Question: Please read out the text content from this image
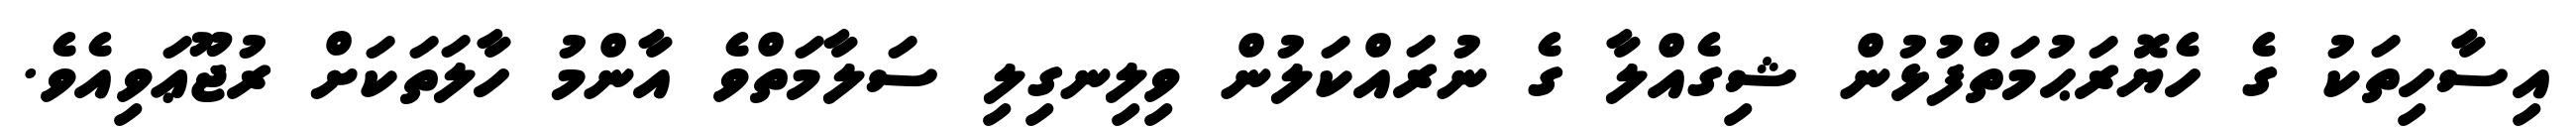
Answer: އިސާހިތަކު ގެ ހެޔޮރަޙުމަތްފުޅުން ޝިގެއްލާ ގެ ނުރައްކަލުން ވިލިނގިލި ސަލާމަތްވެ އާންމު ހާލަތަކަށް ރުޖޫޢަވިއެވެ.